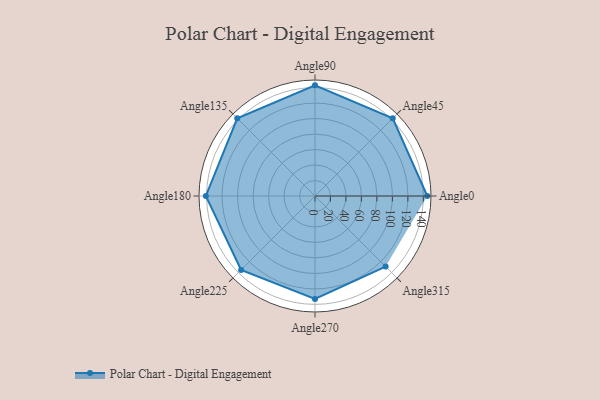
{"axis": {"x": "Angle", "y": "Radius"}, "legend": [""], "data": [{"x": "Angle0", "y": 145.0, "type": ""}, {"x": "Angle45", "y": 142.0, "type": ""}, {"x": "Angle90", "y": 143.0, "type": ""}, {"x": "Angle135", "y": 142.0, "type": ""}, {"x": "Angle180", "y": 141.0, "type": ""}, {"x": "Angle225", "y": 135.0, "type": ""}, {"x": "Angle270", "y": 133.0, "type": ""}, {"x": "Angle315", "y": 129.0, "type": ""}]}